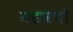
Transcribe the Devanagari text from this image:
महारथो